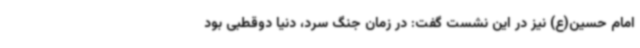
امام حسین(ع) نیز در این نشست گفت: در زمان جنگ سرد، دنیا دوقطبی بود